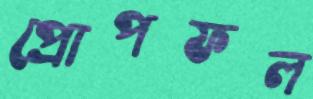
প্রোপফল